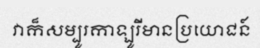
វាក៏សម្បូរកាឡូរីមានប្រយោជន៍